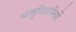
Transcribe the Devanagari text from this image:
धातुविज्ञानियों